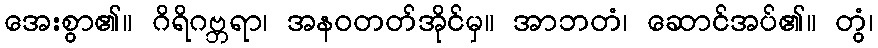
အေးစွာ၏။ ဂိရိဂဗ္ဘရာ၊ အနဝတတ်အိုင်မှ။ အာဘတံ၊ ဆောင်အပ်၏။ တွံ၊